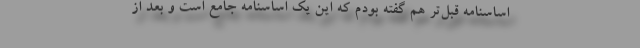
اساسنامه قبل‌تر هم گفته بودم که این یک اساسنامه جامع است و بعد از